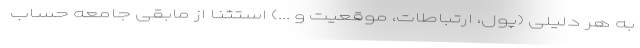
به هر دلیلی (پول، ارتباطات، موقعیت و ...) استثنا از مابقی جامعه حساب